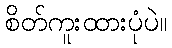
စိတ်ကူးထားပုံပဲ။